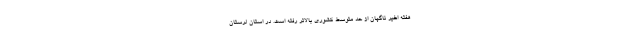
هفته اخیر ناگهان از حد متوسط کشوری بالاتر رفته است. در استان لرستان